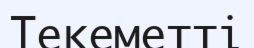
Текеметті